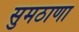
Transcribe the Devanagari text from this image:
सुमठाणा